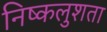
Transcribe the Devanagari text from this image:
निष्कलुशता